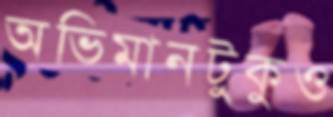
অভিমানটুকুও